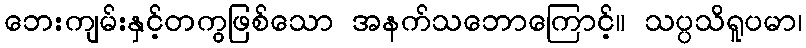
ဘေးကျမ်းနှင့်တကွဖြစ်သော အနက်သဘောကြောင့်။ သပ္ပသိရူပမာ၊